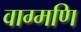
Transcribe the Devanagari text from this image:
वाग्मणि